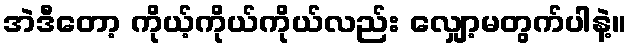
အဲဒီတော့ ကိုယ့်ကိုယ်ကိုယ်လည်း လျှော့မတွက်ပါနဲ့။